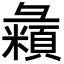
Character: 𪫇